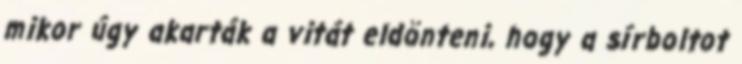
mikor úgy akarták a vitát eldönteni, hogy a sírboltot